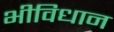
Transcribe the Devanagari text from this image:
भीविधान